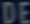
DE